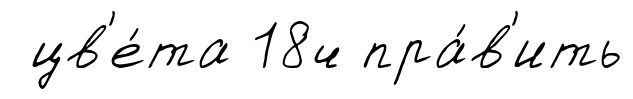
цв'е́та 18ч пра́в'ить